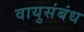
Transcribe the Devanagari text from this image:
वायुसंबंध